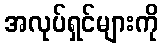
အလုပ်ရှင်များကို